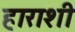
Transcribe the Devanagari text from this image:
हाराशी